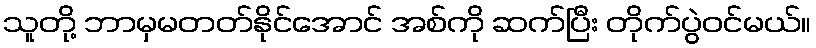
သူတို့ ဘာမှမတတ်နိုင်အောင် အစ်ကို ဆက်ပြီး တိုက်ပွဲဝင်မယ်။